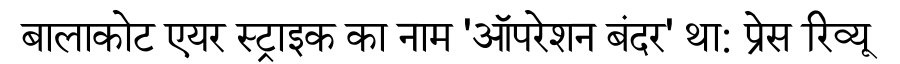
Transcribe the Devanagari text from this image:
बालाकोट एयर स्ट्राइक का नाम 'ऑपरेशन बंदर' था: प्रेस रिव्यू